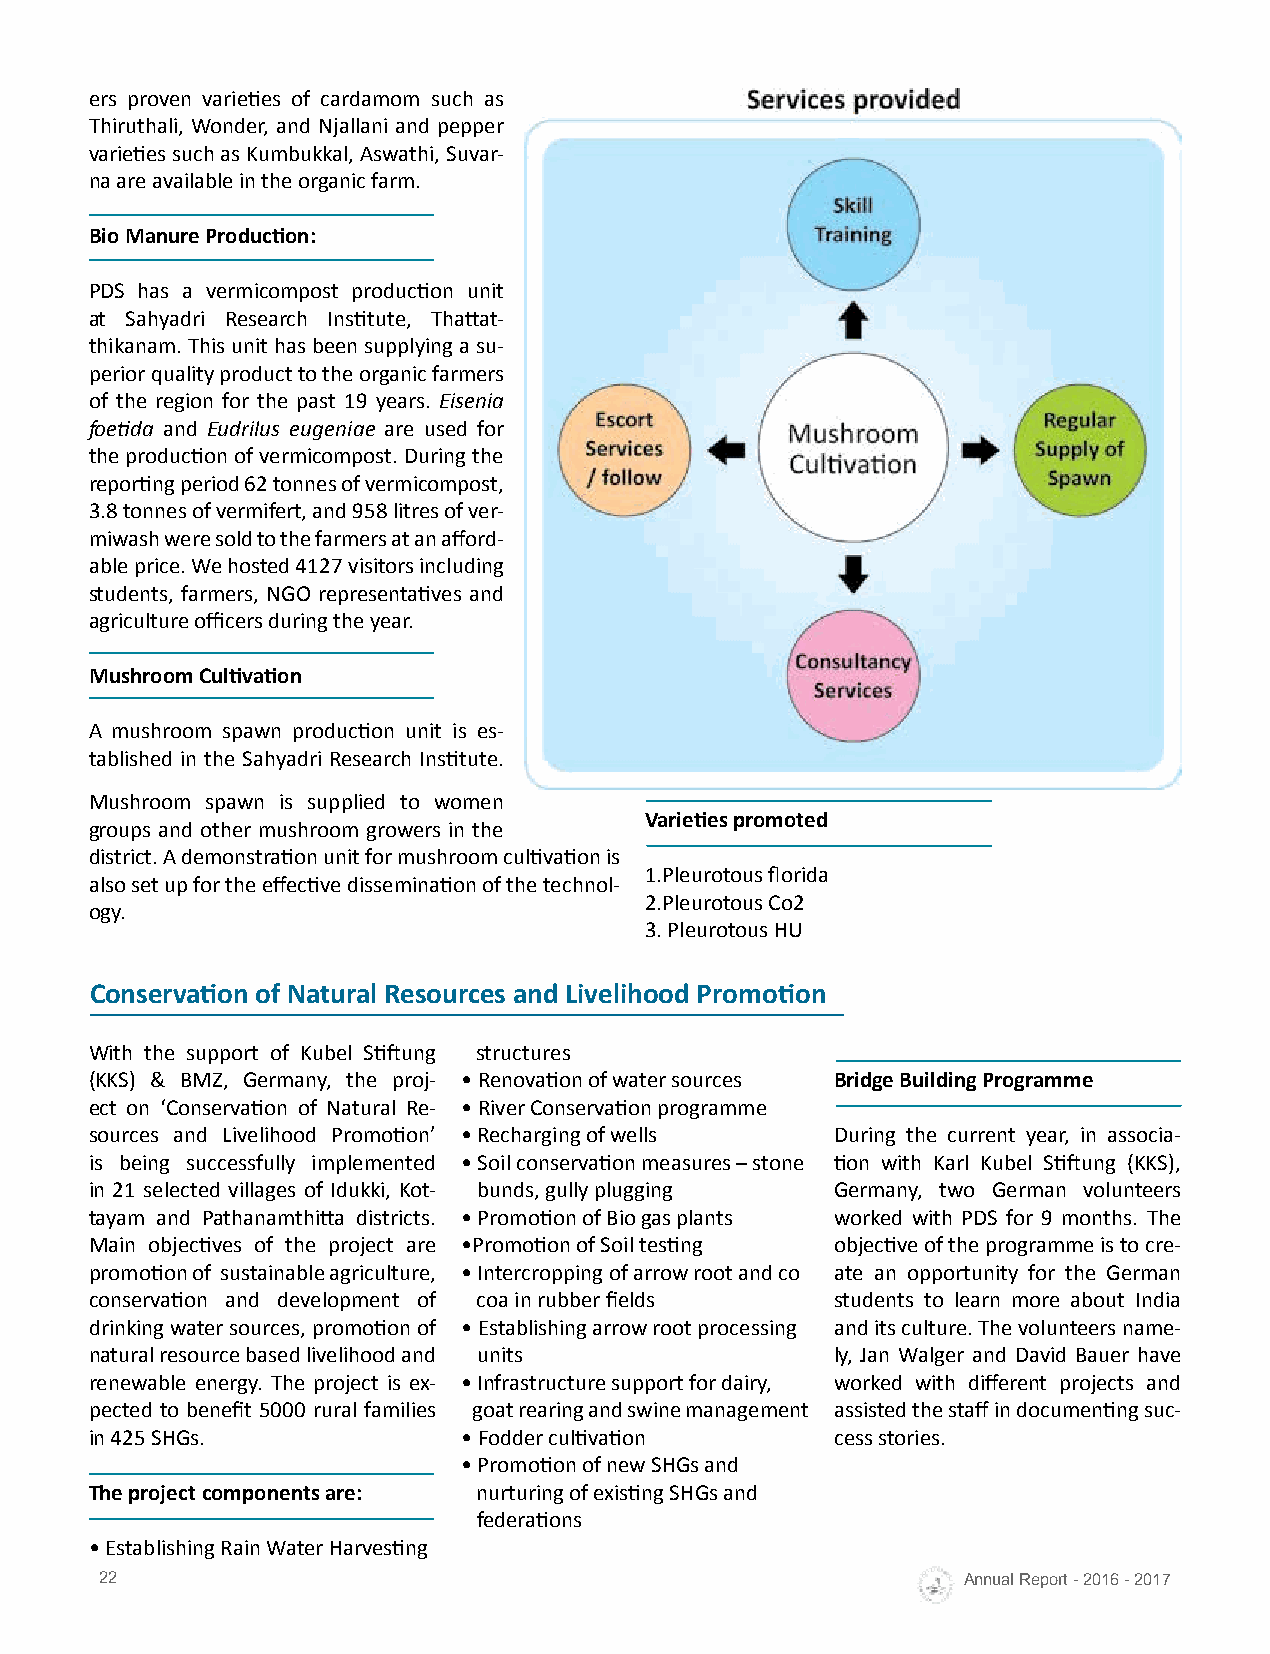
ers proven varieties of cardamom such as
 Thiruthali, Wonder, and Njallani and pepper
 varieties such as Kumbukkal, Aswathi, Suvar-
 na are available in the organic farm.
 Bio Manure Production:
 PDS has a vermicompost production unit
 at Sahyadri Research Institute, Thattat-
 thikanam. This unit has been supplying a su-
 perior quality product to the organic farmers
 of the region for the past 19 years. Eisenia
 foetida and Eudrilus eugeniae are used for
 the production of vermicompost. During the
 reporting period 62 tonnes of vermicompost,
 3.8 tonnes of vermifert, and 958 litres of ver-
 miwash were sold to the farmers at an afford-
 able price. We hosted 4127 visitors including
 students, farmers, NGO representatives and
 agriculture officers during the year.
 Mushroom Cultivation
 A mushroom spawn production unit is es-
 tablished in the Sahyadri Research Institute.
 Mushroom spawn is supplied to women
 Varieties promoted
 groups and other mushroom growers in the
 district. A demonstration unit for mushroom cultivation is
 1.Pleurotous florida
 also set up for the effective dissemination of the technol-
 2.Pleurotous Co2
 ogy.
 3. Pleurotous HU
 Conservation of Natural Resources and Livelihood Promotion
 With the support of Kubel Stiftung structures
 (KKS) & BMZ, Germany, the proj- • Renovation of water sources Bridge Building Programme
 ect on ‘Conservation of Natural Re- • River Conservation programme
 sources and Livelihood Promotion’ • Recharging of wells During the current year, in associa-
 is being successfully implemented • Soil conservation measures – stone tion with Karl Kubel Stiftung (KKS),
 in 21 selected villages of Idukki, Kot- bunds, gully plugging Germany, two German volunteers
 tayam and Pathanamthitta districts. • Promotion of Bio gas plants worked with PDS for 9 months. The
 Main objectives of the project are •Promotion of Soil testing objective of the programme is to cre-
 promotion of sustainable agriculture, • Intercropping of arrow root and co ate an opportunity for the German
 conservation and development of coa in rubber fields students to learn more about India
 drinking water sources, promotion of • Establishing arrow root processing and its culture. The volunteers name-
 natural resource based livelihood and units      ly, Jan Walger and David Bauer have
 renewable energy. The project is ex- • Infrastructure support for dairy, worked with different projects and
 pected to benefit 5000 rural families goat rearing and swine management assisted the staff in documenting suc-
 in 425 SHGs.             • Fodder cultivation    cess stories.
 • Promotion of new SHGs and
 The project components are: nurturing of existing SHGs and
 federations
 • Establishing Rain Water Harvesting
 22                                                       Annual Report - 2016 - 2017